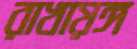
রাখায়ঙ্গ